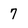
Character: 7